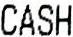
CASH